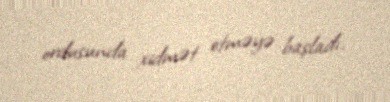
ordusunda xidmət etməyə başladı.